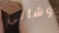
وشأنى